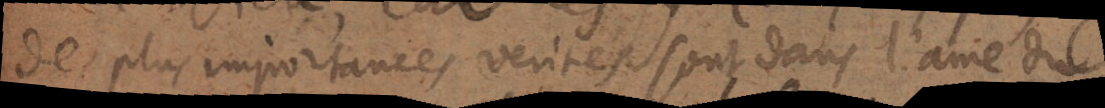
des plus importantes verites sont dans l’ame du